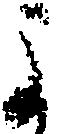
よ